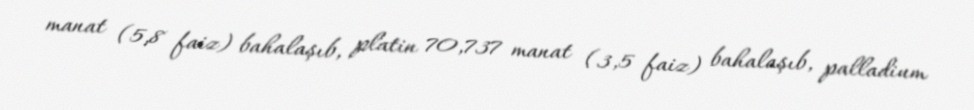
manat (5,8 faiz) bahalaşıb, platin 70,737 manat (3,5 faiz) bahalaşıb, palladium